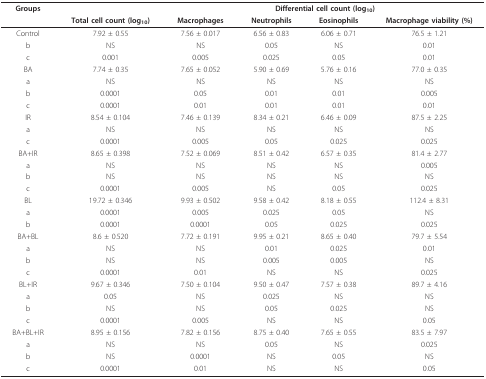
<table><thead><tr><td><b>Groups</b></td><td></td><td colspan="4"><b>Differential cell count (log<sub>10</sub>)</b></td></tr><tr><td></td><td><b>Total cell count (log<sub>10</sub>)</b></td><td><b>Macrophages</b></td><td><b>Neutrophils</b></td><td><b>Eosinophils</b></td><td><b>Macrophage viability (%)</b></td></tr></thead><tbody><tr><td>Control</td><td>7.92 ± 0.55</td><td>7.56 ± 0.017</td><td>6.56 ± 0.83</td><td>6.06 ± 0.71</td><td>76.5 ± 1.21</td></tr><tr><td>b</td><td>NS</td><td>NS</td><td>0.05</td><td>NS</td><td>0.01</td></tr><tr><td>c</td><td>0.001</td><td>0.005</td><td>0.025</td><td>0.05</td><td>0.01</td></tr><tr><td>BA</td><td>7.74 ± 0.35</td><td>7.65 ± 0.052</td><td>5.90 ± 0.69</td><td>5.76 ± 0.16</td><td>77.0 ± 0.35</td></tr><tr><td>a</td><td>NS</td><td>NS</td><td>NS</td><td>NS</td><td>NS</td></tr><tr><td>b</td><td>0.0001</td><td>0.05</td><td>0.01</td><td>0.01</td><td>0.005</td></tr><tr><td>c</td><td>0.0001</td><td>0.01</td><td>0.01</td><td>0.01</td><td>0.01</td></tr><tr><td>IR</td><td>8.54 ± 0.104</td><td>7.46 ± 0.139</td><td>8.34 ± 0.21</td><td>6.46 ± 0.09</td><td>87.5 ± 2.25</td></tr><tr><td>a</td><td>NS</td><td>NS</td><td>NS</td><td>NS</td><td>NS</td></tr><tr><td>c</td><td>0.0001</td><td>0.005</td><td>0.05</td><td>0.025</td><td>0.025</td></tr><tr><td>BA+IR</td><td>8.65 ± 0.398</td><td>7.52 ± 0.069</td><td>8.51 ± 0.42</td><td>6.57 ± 0.35</td><td>81.4 ± 2.77</td></tr><tr><td>a</td><td>NS</td><td>NS</td><td>NS</td><td>NS</td><td>0.005</td></tr><tr><td>b</td><td>NS</td><td>NS</td><td>NS</td><td>NS</td><td>NS</td></tr><tr><td>c</td><td>0.0001</td><td>0.005</td><td>NS</td><td>0.05</td><td>0.025</td></tr><tr><td>BL</td><td>19.72 ± 0.346</td><td>9.93 ± 0.502</td><td>9.58 ± 0.42</td><td>8.18 ± 0.55</td><td>112.4 ± 8.31</td></tr><tr><td>a</td><td>0.0001</td><td>0.005</td><td>0.025</td><td>0.05</td><td>NS</td></tr><tr><td>b</td><td>0.0001</td><td>0.0001</td><td>0.05</td><td>0.025</td><td>0.025</td></tr><tr><td>BA+BL</td><td>8.6 ± 0.520</td><td>7.72 ± 0.191</td><td>9.95 ± 0.21</td><td>8.65 ± 0.40</td><td>79.7 ± 5.54</td></tr><tr><td>a</td><td>NS</td><td>NS</td><td>0.01</td><td>0.025</td><td>0.01</td></tr><tr><td>b</td><td>NS</td><td>NS</td><td>0.005</td><td>0.005</td><td>NS</td></tr><tr><td>c</td><td>0.0001</td><td>0.01</td><td>NS</td><td>NS</td><td>0.025</td></tr><tr><td>BL+IR</td><td>9.67 ± 0.346</td><td>7.50 ± 0.104</td><td>9.50 ± 0.47</td><td>7.57 ± 0.38</td><td>89.7 ± 4.16</td></tr><tr><td>a</td><td>0.05</td><td>NS</td><td>0.025</td><td>NS</td><td>NS</td></tr><tr><td>b</td><td>NS</td><td>NS</td><td>0.05</td><td>0.025</td><td>NS</td></tr><tr><td>c</td><td>0.0001</td><td>0.005</td><td>NS</td><td>NS</td><td>0.05</td></tr><tr><td>BA+BL+IR</td><td>8.95 ± 0.156</td><td>7.82 ± 0.156</td><td>8.75 ± 0.40</td><td>7.65 ± 0.55</td><td>83.5 ± 7.97</td></tr><tr><td>a</td><td>NS</td><td>NS</td><td>0.05</td><td>NS</td><td>0.025</td></tr><tr><td>b</td><td>NS</td><td>0.0001</td><td>NS</td><td>0.05</td><td>NS</td></tr><tr><td>c</td><td>0.0001</td><td>0.01</td><td>NS</td><td>NS</td><td>0.05</td></tr></tbody></table>